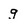
Character: g